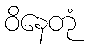
ဝိနေတုံ